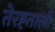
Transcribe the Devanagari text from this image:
तेरह्ताली